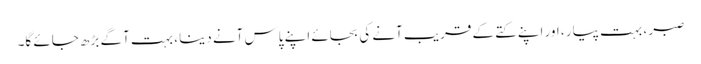
صبر ، بہت پیار ، اور اپنے کتے کے قریب آنے کی بجائے اپنے پاس آنے دینا ، بہت آگے بڑھ جائے گا۔